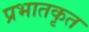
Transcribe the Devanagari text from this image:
प्रभातकृत